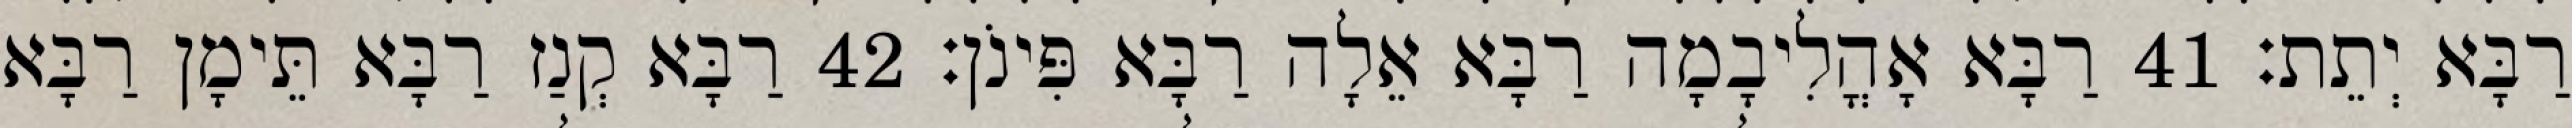
רַבָּא יְתֵת׃ 41 רַבָּא אָהֳלִיבָמָה רַבָּא אֵלָה רַבָּא פִּינֹן׃ 42 רַבָּא קְנַז רַבָּא תֵּימָן רַבָּא